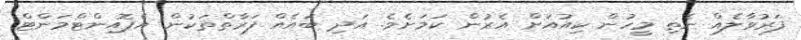
ފަރުވާލެއް ނެތި މީހުން ކިއުއަށް އެރުން ކަމަށެވެ. އަދި ބައެއް ފަރާތްތަކުން އެޕޮއިންޓްމަންޓް